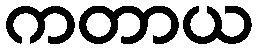
ကတာယ